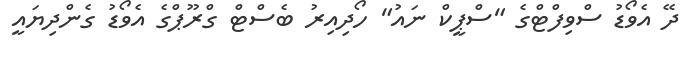
ދޭ އެވޯޑު ސްވިފްޓްގެ "ސްޕީކް ނައު" ހޯދިއިރު ބެސްޓް ގްރޫޕްގެ އެވޯޑު ގެންދިޔައީ